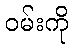
ဝမ်းကို